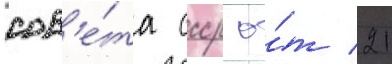
сов'е́та ссср о́т 21